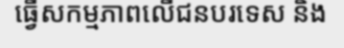
ធ្វើសកម្មភាពលើជនបរទេស និង